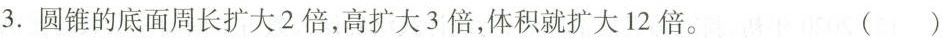
3.圆锥的底面周长扩大2倍，高扩大3倍，体积就扩大12倍。 ()